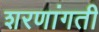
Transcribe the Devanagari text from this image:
शरणांगती